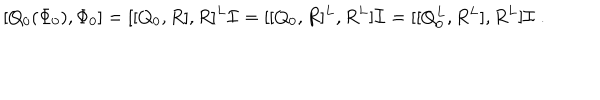
LaTeX: [ Q _ { 0 } ( \Phi _ { 0 } ) , \Phi _ { 0 } ] = [ [ Q _ { 0 } , R ] , R ] ^ { L } \mathcal { I } = [ [ Q _ { 0 } , R ] ^ { L } , R ^ { L } ] \mathcal { I } = [ [ Q _ { 0 } ^ { L } , R ^ { L } ] , R ^ { L } ] \mathcal { I } \ .